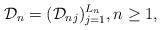
LaTeX: \begin{align*} \mathcal{D}_n = ( \mathcal{D}_{nj} )_{j = 1}^{L_n}, n \ge 1,\end{align*}